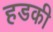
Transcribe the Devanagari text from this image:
हडकी